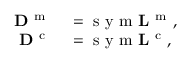
\begin{array} { r l } { { \bf D } ^ { \mathrm { ~ m ~ } } } & { { } = \mathrm { ~ s ~ y ~ m ~ } { \bf L } ^ { \mathrm { ~ m ~ } } , } \\ { { \bf D } ^ { \mathrm { ~ c ~ } } } & { { } = \mathrm { ~ s ~ y ~ m ~ } { \bf L } ^ { \mathrm { ~ c ~ } } , } \end{array}